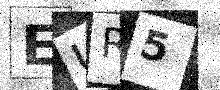
Text: EUR5